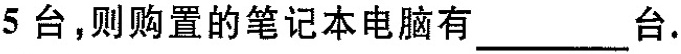
5台，则购置的笔记本电脑有___台.